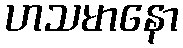
ဟသမာနော